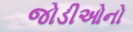
જોડીઓનો